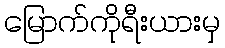
မြောက်ကိုရီးယားမှ